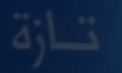
تازة